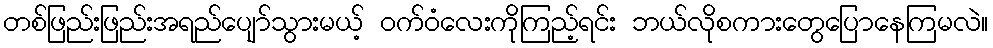
တစ်ဖြည်းဖြည်းအရည်ပျော်သွားမယ့် ဝက်ဝံလေးကိုကြည့်ရင်း ဘယ်လိုစကားတွေပြောနေကြမလဲ။